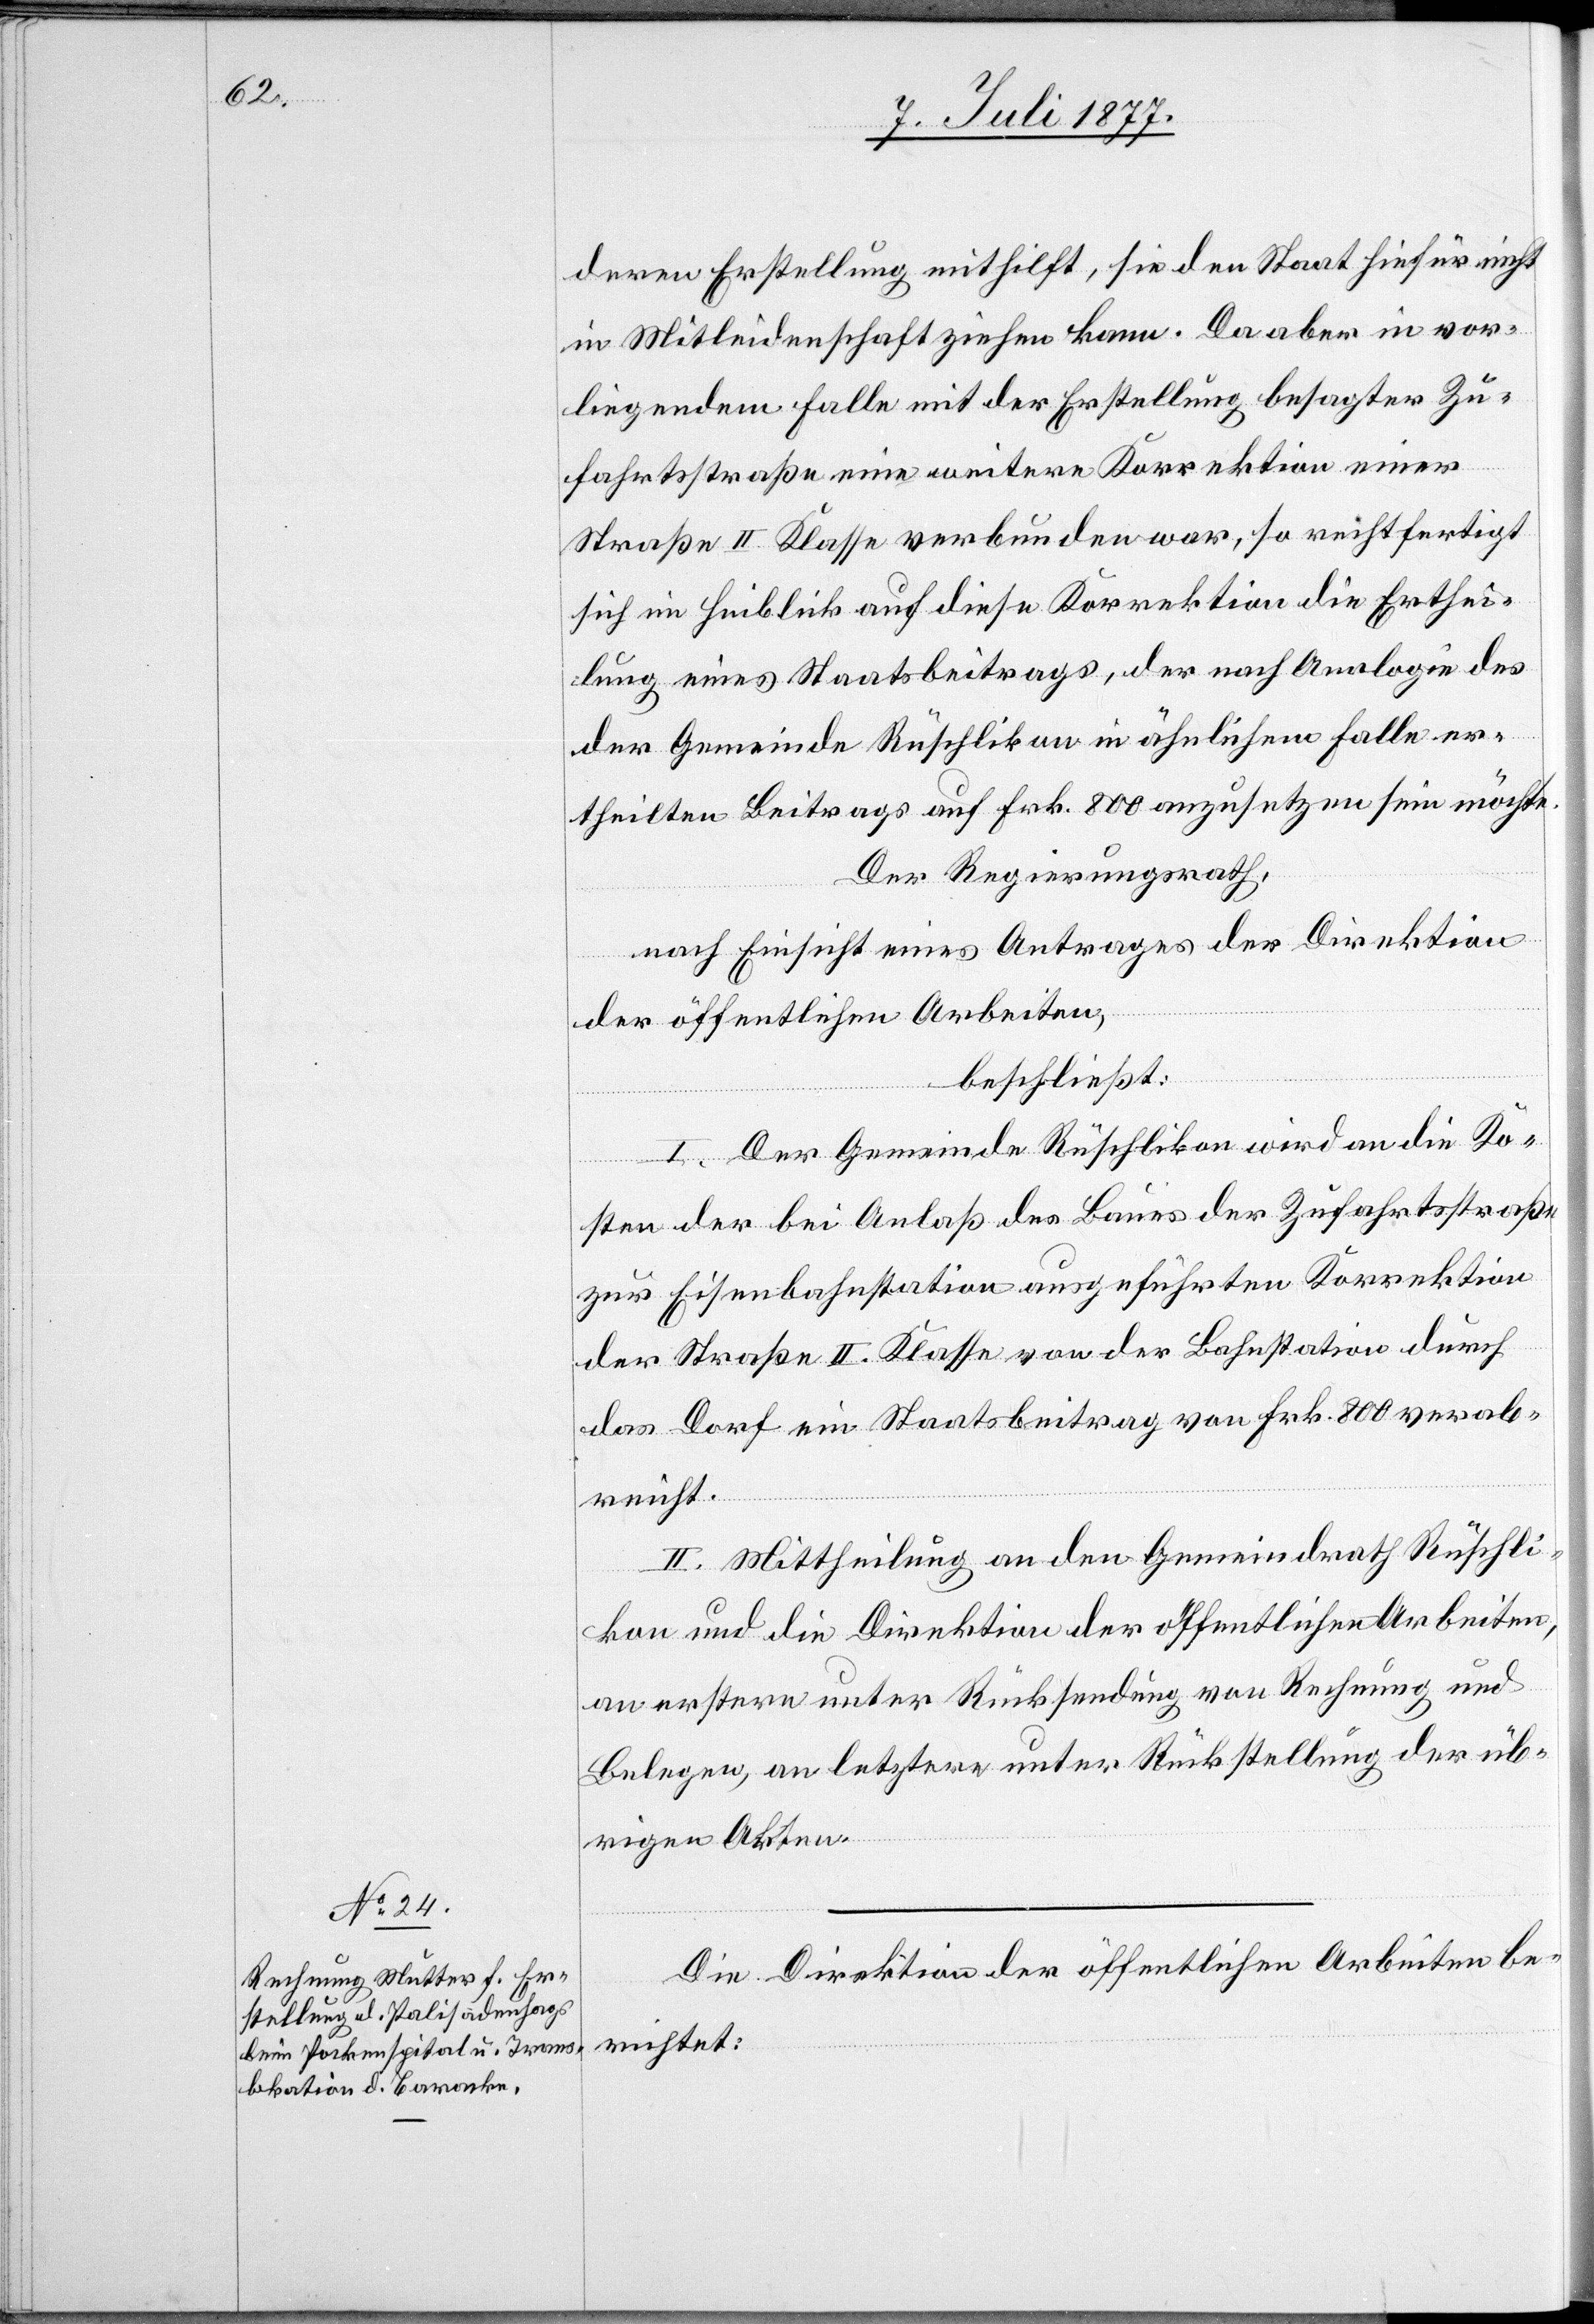
deren Erstellung mithilft, sie den Staat hiefür nicht
in Mitleidenschaft ziehen kann. Da aber in vor¬
liegendem Falle mit der Erstellung besagter Zu¬
fahrtsstraße eine weitere Korrektion einer
Straße II. Klasse verbunden war, so rechtfertigt
sich im Hinblick auf diese Korrektion die Erthei¬
lung eines Staatsbeitrags, der nach Analogie des
der Gemeinde Rüschlikon in ähnlichem Falle er¬
theilten Beitrags auf Frk. 800 anzusetzen sein möchte.
Der Regierungsrath,
nach Einsicht eines Antrages der Direktion
der öffentlichen Arbeiten,
beschließt:
I. Der Gemeinde Rüschlikon wird an die Ko¬
sten der bei Anlaß des Baues der Zufahrtsstraße
zur Eisenbahnstation ausgeführten Korrektion
der Straße II. Klasse von der Bahnstation durch
das Dorf ein Staatsbeitrag von Frk. 800 verab¬
reicht.
II. Mittheilung an den Gemeindrath Rüschli¬
kon und die Direktion der öffentlichen Arbeiten,
an erstern unter Rücksendung von Rechnung und
Belegen, an letztere unter Rückstellung der üb¬
rigen Akten.
Die Direktion der öffentlichen Arbeiten be¬
richtet: